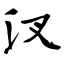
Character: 汊